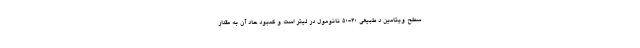
سطح ویتامین د طبیعی ۴۰-۵۰ نانومول در لیتر است و کمبود حاد آن به مقدار